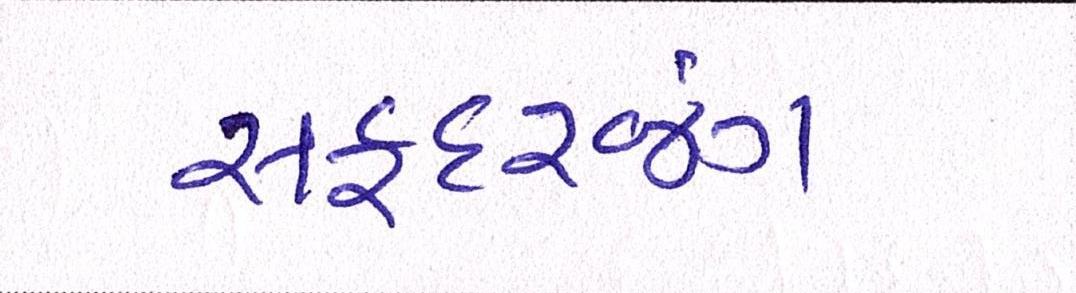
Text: સફદરજંગ